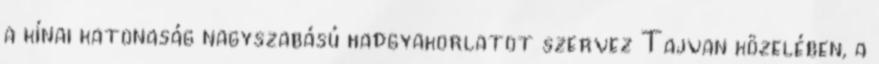
a kínai katonaság nagyszabású hadgyakorlatot szervez Tajvan közelében, a